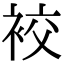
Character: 䘨